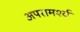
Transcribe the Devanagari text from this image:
अपरामर्श्य